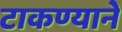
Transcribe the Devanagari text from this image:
टाकण्याने